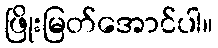
ဖြိုးမြတ်အောင်ပါ။